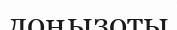
доңызоты